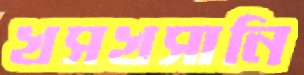
খসখসানি